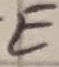
Text: +E